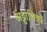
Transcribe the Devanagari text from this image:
अट्टालिकों